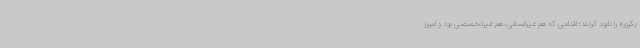
یکروزه را نابود کردند؛ اقدامی که هم غیرانسانی، هم غیرتخصصی بود و امروز